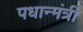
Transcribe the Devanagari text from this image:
पधान्मंत्री